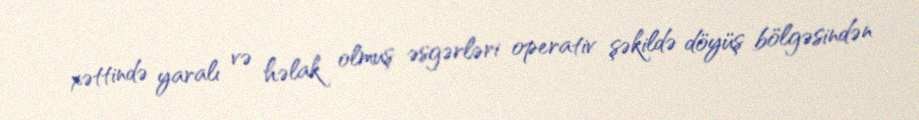
xəttində yaralı və həlak olmuş əsgərləri operativ şəkildə döyüş bölgəsindən